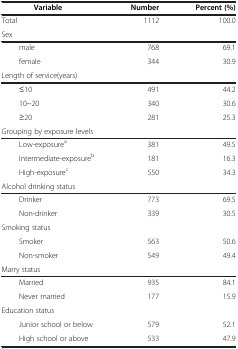
| Variable | Number | Percent (%) |
 | --- | --- | --- |
 | Total | 1112 | 100.0 |
 | Sex |  |  |
 | male | 768 | 69.1 |
 | female | 344 | 30.9 |
 | Length of service(years) |  |  |
 | ≤10 | 491 | 44.2 |
 | 10~20 | 340 | 30.6 |
 | ≥20 | 281 | 25.3 |
 | Grouping by exposure levels |  |  |
 | Low-exposurea | 381 | 49.5 |
 | Intermediate-exposureb | 181 | 16.3 |
 | High-exposurec | 550 | 34.3 |
 | Alcohol drinking status |  |  |
 | Drinker | 773 | 69.5 |
 | Non-drinker | 339 | 30.5 |
 | Smoking status |  |  |
 | Smoker | 563 | 50.6 |
 | Non-smoker | 549 | 49.4 |
 | Marry status |  |  |
 | Married | 935 | 84.1 |
 | Never married | 177 | 15.9 |
 | Education status |  |  |
 | Junior school or below | 579 | 52.1 |
 | High school or above | 533 | 47.9 |